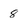
Character: 8